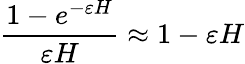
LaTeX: \frac{1-e^{-\varepsilon H}}{\varepsilon H}\approx 1-\varepsilon H